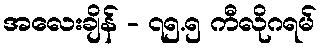
အလေးချိန် - ၇၅.၅ ကီလိုဂရမ်